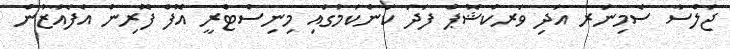
ޖަލްސާ ސެމިނަރ އަދި ވަރކްޝޮޕް ފަދަ ކަންކަމުގައި މިނިސްޓްރީ އޮފް ފޮރިން އެފެއާޒުން